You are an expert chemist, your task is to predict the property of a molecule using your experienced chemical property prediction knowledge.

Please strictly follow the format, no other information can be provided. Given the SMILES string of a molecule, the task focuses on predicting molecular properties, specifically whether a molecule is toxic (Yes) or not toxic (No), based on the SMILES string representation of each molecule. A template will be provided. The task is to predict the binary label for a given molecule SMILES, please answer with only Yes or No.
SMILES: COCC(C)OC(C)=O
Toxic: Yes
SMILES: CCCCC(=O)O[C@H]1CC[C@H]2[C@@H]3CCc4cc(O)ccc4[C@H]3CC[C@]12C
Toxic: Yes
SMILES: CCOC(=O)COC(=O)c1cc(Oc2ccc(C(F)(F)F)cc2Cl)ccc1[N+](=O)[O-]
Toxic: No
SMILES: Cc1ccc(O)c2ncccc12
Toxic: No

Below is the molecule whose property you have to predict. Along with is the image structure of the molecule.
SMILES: CC(C)OC(=O)C(O)(c1ccc(Cl)cc1)c1ccc(Cl)cc1
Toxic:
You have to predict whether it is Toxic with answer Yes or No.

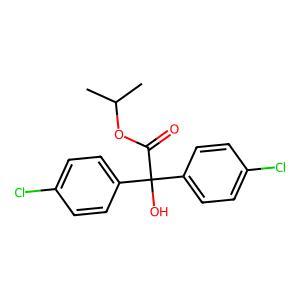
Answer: No